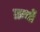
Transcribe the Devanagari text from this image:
ग्रन्थाें